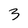
Character: 3